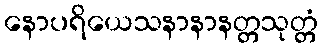
နောပရိယေသနာနာနတ္တသုတ္တံ